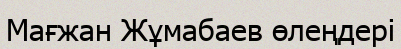
Мағжан Жұмабаев өлеңдері